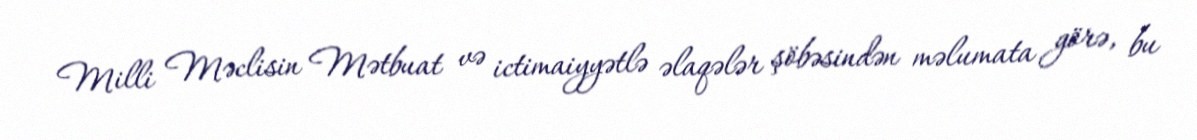
Milli Məclisin Mətbuat və ictimaiyyətlə əlaqələr şöbəsindən məlumata görə, bu